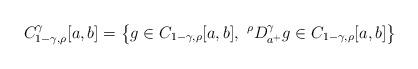
LaTeX: \begin{align*}C_{1-\gamma,\rho}^{\gamma} [a,b]=\left\{ g\in C_{1-\gamma,\rho} [a,b],\ ^{\rho}D_{a^+}^{\gamma} g \in C_{1-\gamma,\rho} [a,b]\right\}\end{align*}